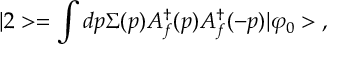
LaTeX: | 2 > = \int d p \Sigma ( p ) A _ { f } ^ { \dagger } ( p ) A _ { f } ^ { \dagger } ( - p ) | \varphi _ { 0 } > \; ,